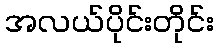
အလယ်ပိုင်းတိုင်း